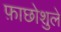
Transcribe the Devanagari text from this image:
फ़ाछोशुले